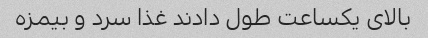
بالای یکساعت طول دادند غذا سرد و بیمزه